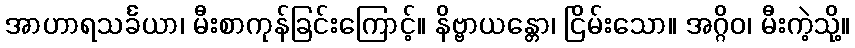
အာဟာရသင်္ခယာ၊ မီးစာကုန်ခြင်းကြောင့်။ နိဗ္ဗာယန္တော၊ ငြိမ်းသော။ အဂ္ဂိဝ၊ မီးကဲ့သို့။